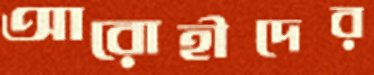
আরোহীদের